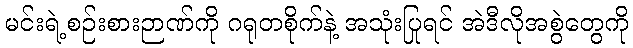
မင်းရဲ့စဉ်းစားဉာဏ်ကို ဂရုတစိုက်နဲ့ အသုံးပြုရင် အဲဒီလိုအစွဲတွေကို